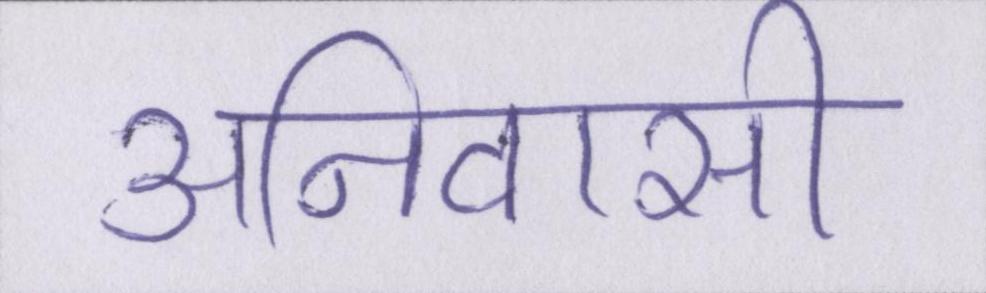
अनिवासी